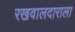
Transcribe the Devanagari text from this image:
रखवालदाराला